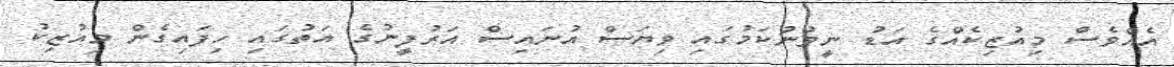
އެއްވެސް މިއުޒިކެއްގެ އަޑު ނީވުނުކަމުގައި ވިޔަސް އުނައިސް އަރުފީނުގެ އަތުގައި ހިފައިގެން މިއުޒިކު